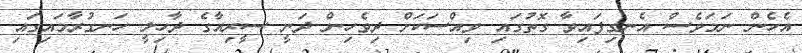
އެހެން ނަމަވެސް އެނގިފައިވާ ގޮތުގައި ވިއްސަކަށް ދިވެހިން ދަނީ ސީރިއާގެ ދާހިލީ ހަނގުރާމައިގައި